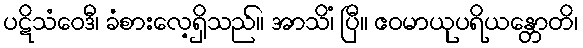
ပဋိသံဝေဒီ၊ ခံစားလေ့ရှိသည်။ အာသိံ၊ ပြီ။ ဧဝမာယုပရိယန္တောတိ၊